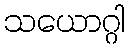
သယောဂ္ဂါ